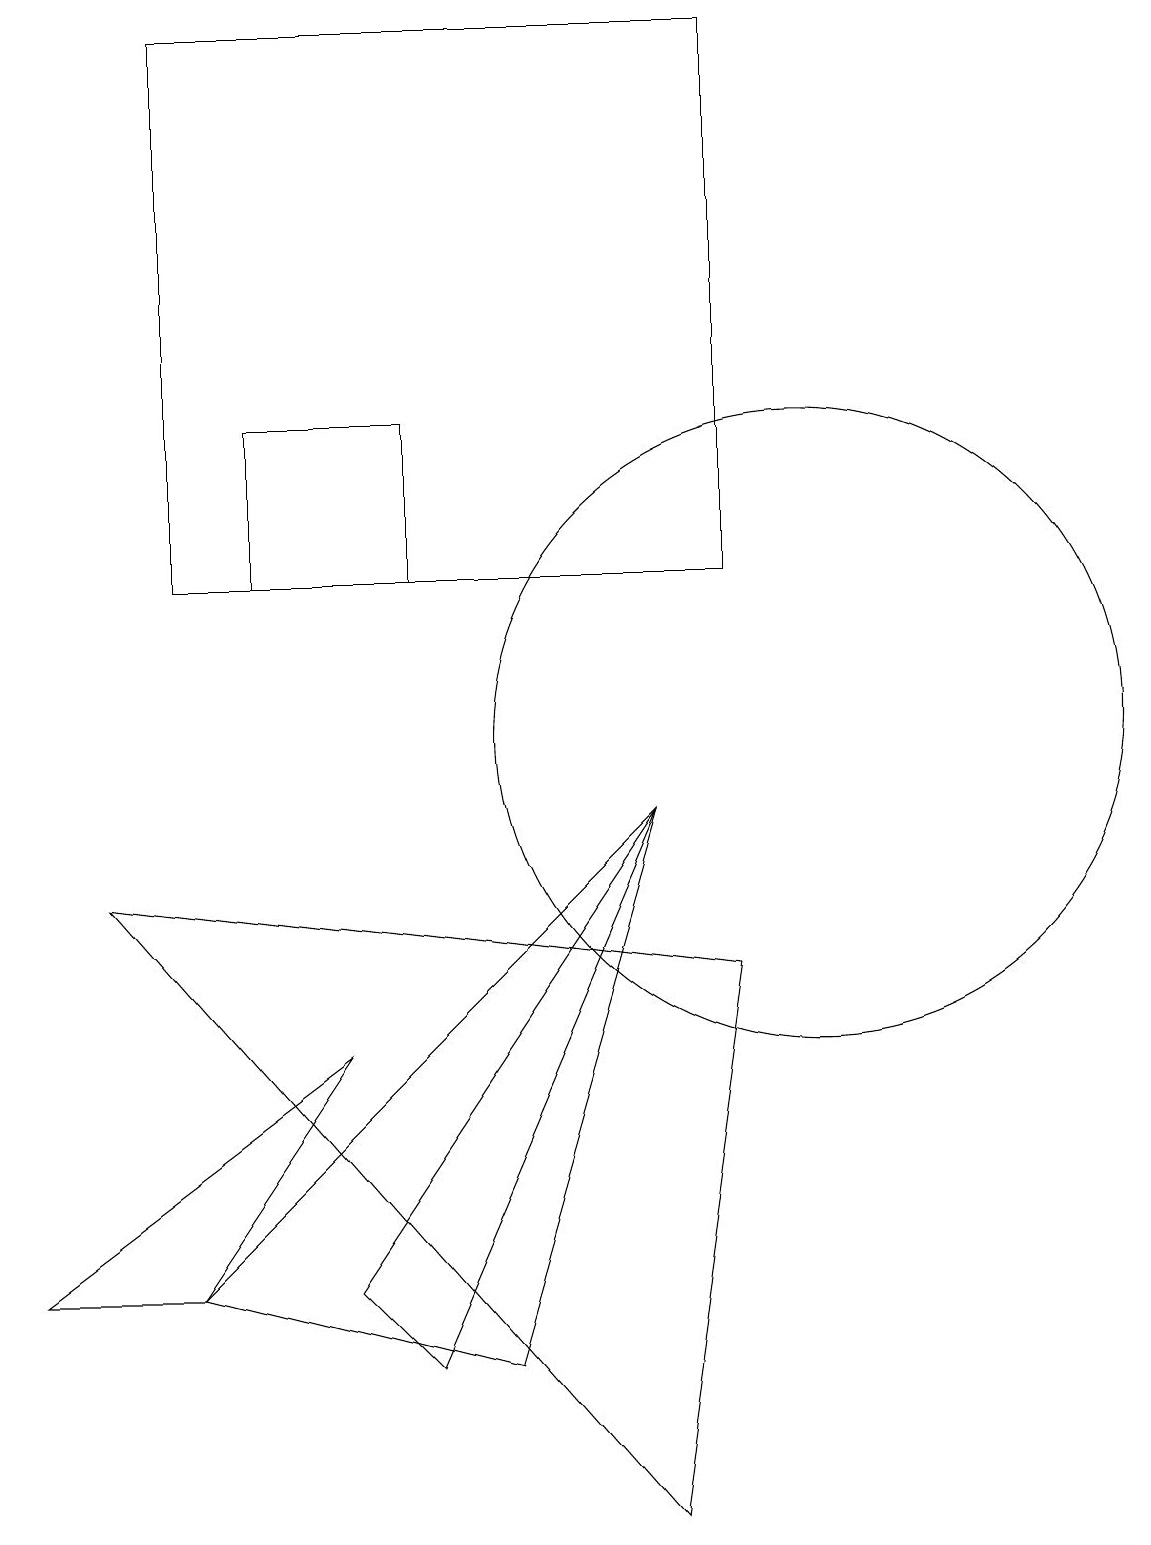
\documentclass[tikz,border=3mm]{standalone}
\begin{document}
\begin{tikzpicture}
\draw (4,6) -- (0,3) -- (2,3) -- cycle;
\draw (10,10) circle (4);
\draw (8,9) -- (2,3) -- (6,2) -- cycle;
\draw (9,12) rectangle (2,19);
\draw (10,12) circle (0);
\draw (5,2) -- (8,9) -- (4,3) -- cycle;
\draw (9,7) -- (1,8) -- (8,0) -- cycle;
\draw (5,14) rectangle (3,12);
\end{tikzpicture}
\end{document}